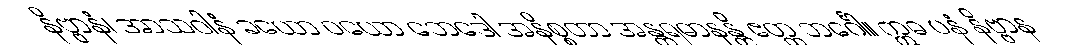
နိဗ္ဗာနံ၊ အာသဝါနံ ခယော ဝယော ဘေဒေါ အနိစ္စတာ အန္တရဓာနန္တိ ဧတ္ထ ဘင်္ဂေါ။ ဣဓ ပနံ နိဗ္ဗာန